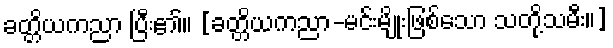
ခတ္တိယကညာ ပြီး၏။ [ခတ္တိယကညာ-မင်းမျိုးဖြစ်သော သတို့သမီး။]